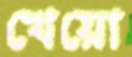
খেয়ো